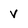
Character: v